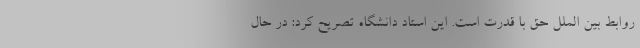
روابط بین الملل حق با قدرت است. این استاد دانشگاه تصریح کرد: در حال